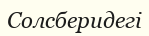
Солсберидегі